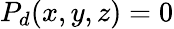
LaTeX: P_{d}(x,y,z)=0